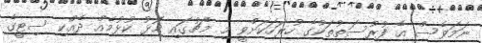
ނަމަވެސް އެ ފުރުސަތުތަކުގެ ހުރަހަކަށްވީ މި މެޗުގައި މޮޅު ކުޅުމެއް ދެއްކި ސިޓީގެ